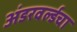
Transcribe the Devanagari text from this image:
अंडरवर्ल्डचा